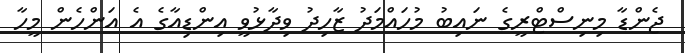
ޖެންޑާ މިނިސްޓްރީގެ ނައިބު މުހައްމަދު ޒާހިދު ވިދާޅުވީ އިންޑިއާގެ އެ އަންހެން މީހާ